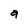
Character: a